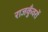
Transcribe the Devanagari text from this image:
राजकुँवरों